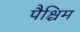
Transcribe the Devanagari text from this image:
पैश्चिम